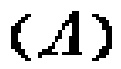
$(A)$